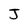
Character: J